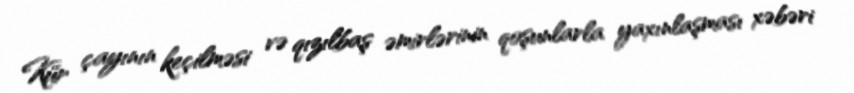
Kür çayının keçilməsi və qızılbaş əmirlərinin qoşunlarla yaxınlaşması xəbəri